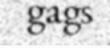
gags